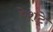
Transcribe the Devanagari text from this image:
ऐशट्रे